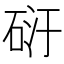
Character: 𥒀